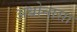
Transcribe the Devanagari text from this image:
अधोनासा